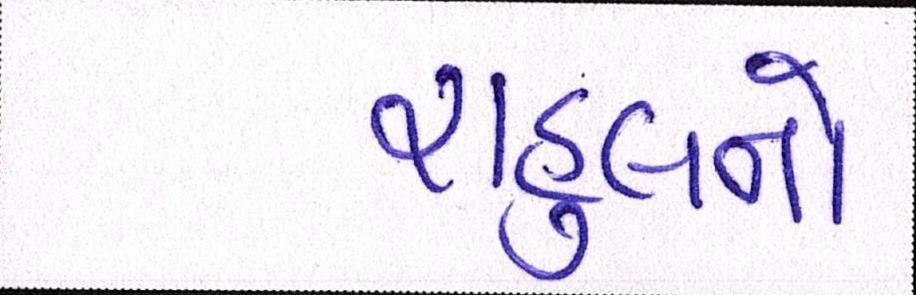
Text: રાહુલનો